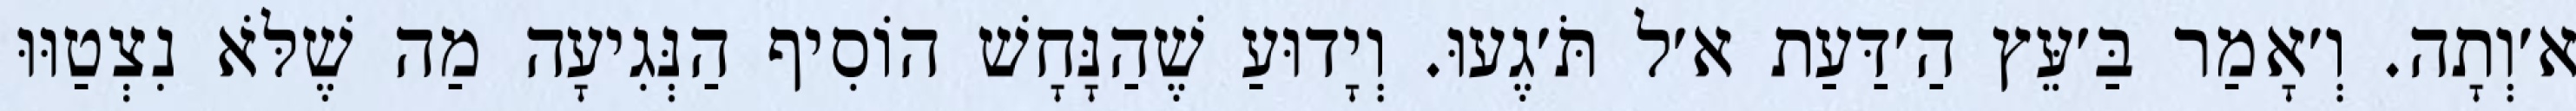
א׳וְתָה. וְ׳אָמַר בַּ׳עֵּץ הַ׳דַּעַת א׳ל תֹּ׳גֶעוּ. וְיָדוּעַ שֶׁהַנָּחָשׁ הוֹסִיף הַנְּגִיעָה מַה שֶׁלֹּא נִצְטַוּוּ